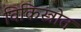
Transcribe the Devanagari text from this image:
विकिस्त्रोत